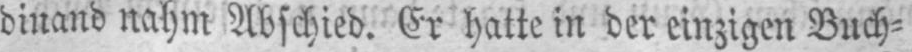
dinand nahm Abschied. Er hatte in der einzigen Buch⸗